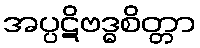
အပ္ပဋိဗဒ္ဓစိတ္တာ